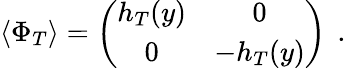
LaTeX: \langle\Phi_{T}\rangle=\left(\begin{array}{cc}{{h_{T}(y)}}&{{0}}\\ {{0}}&{{-h_{T}(y)}}\end{array}\right)\ \, .